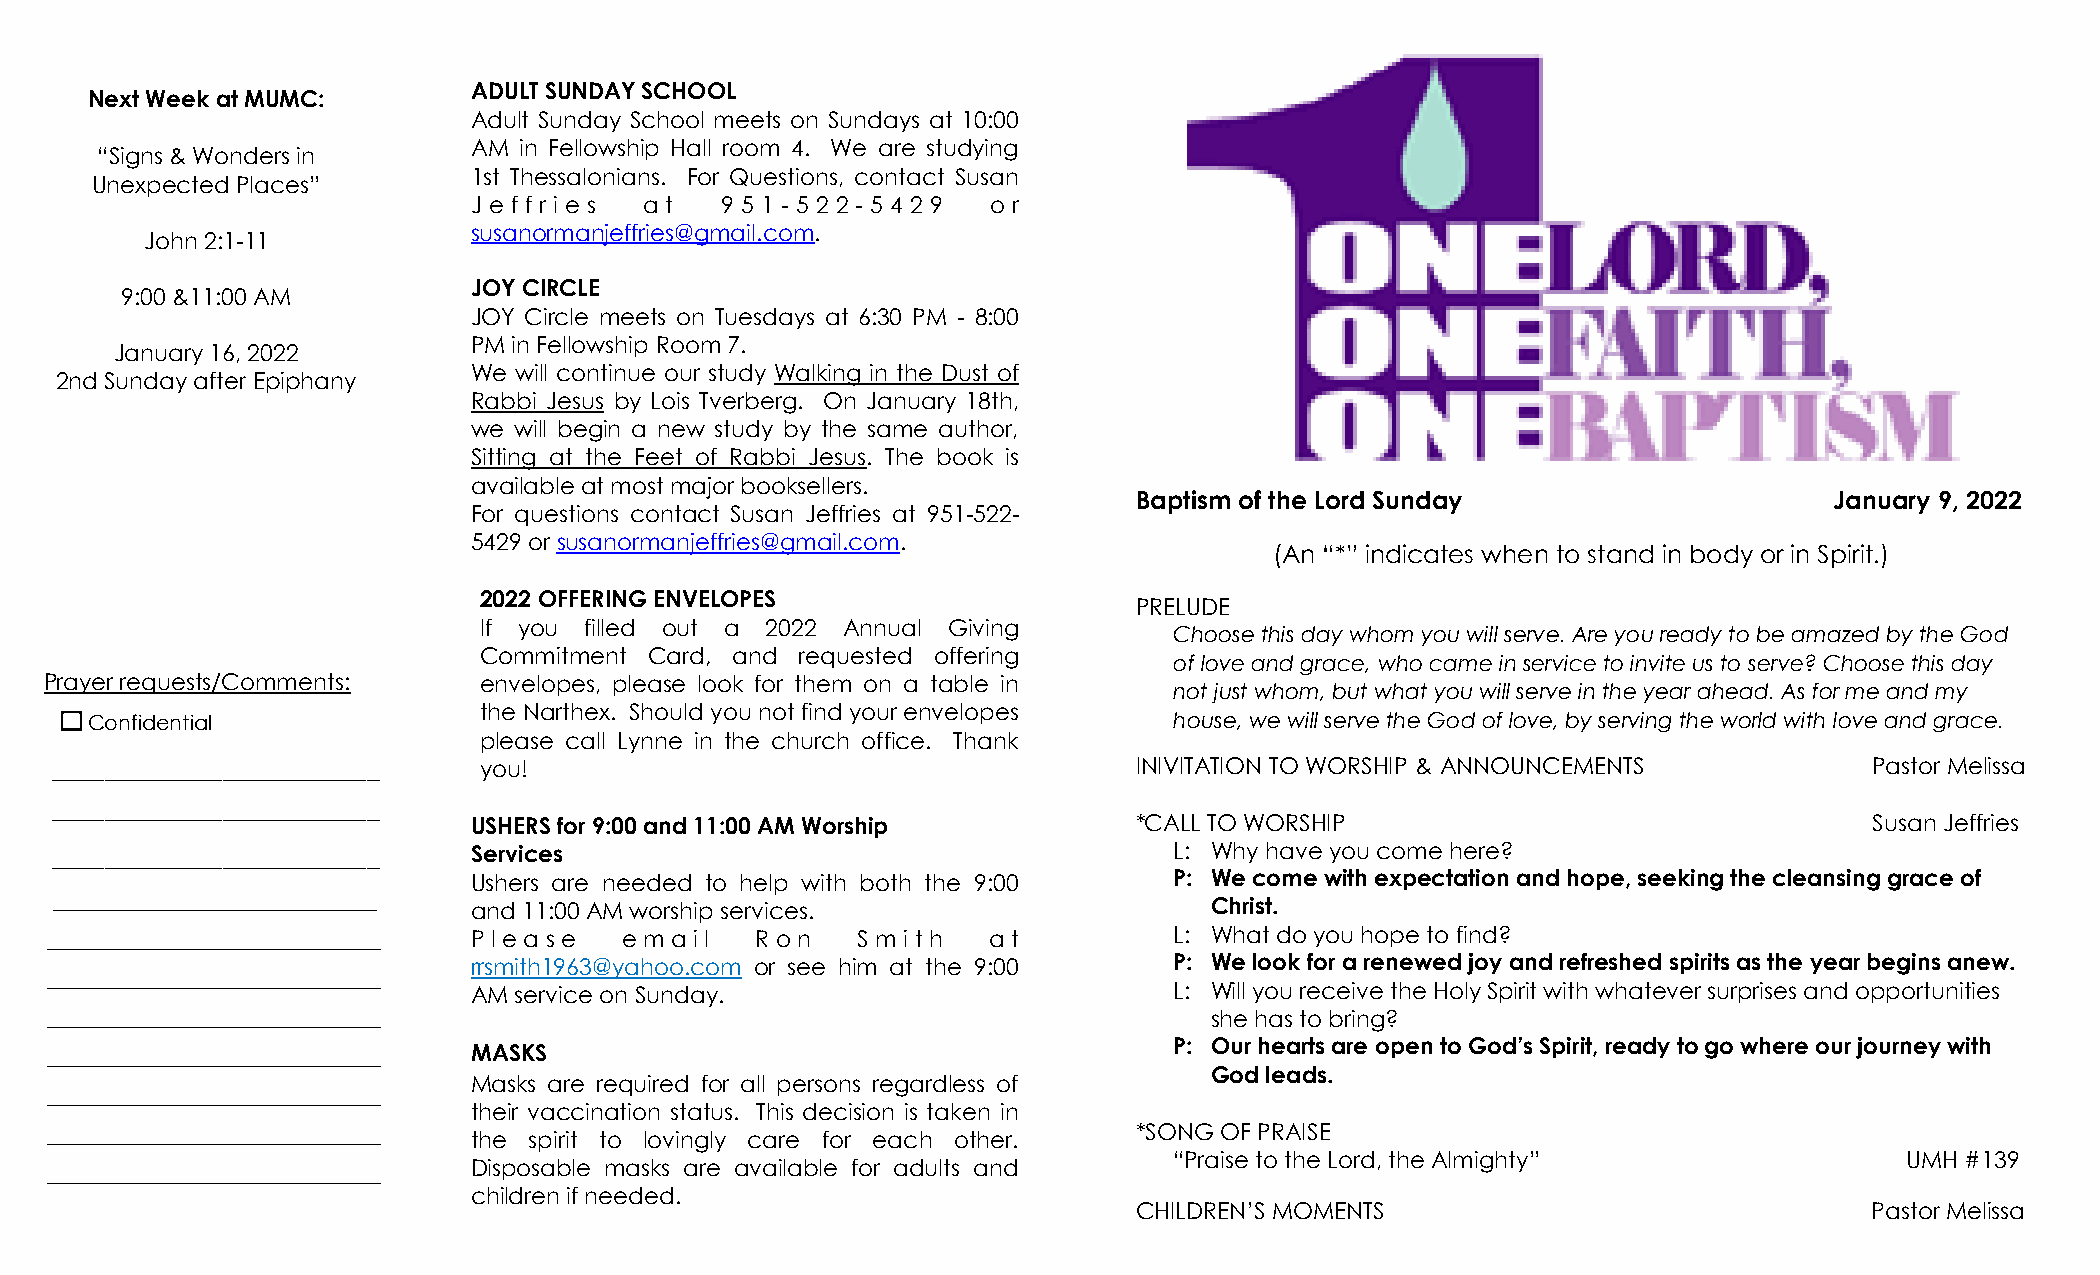
ADULT SUNDAY SCHOOL
 Next Week at MUMC:
 Adult Sunday School meets on Sundays at 10:00
 AM in Fellowship Hall room 4. We are studying
 “Signs & Wonders in
 1st Thessalonians. For Questions, contact Susan
 Unexpected Places”
 J e f f r i e s a t 9 5 1 - 5 2 2 - 5 4 2 9 o r
 susanormanjeffries@gmail.com.
 John 2:1-11
 9:00 &11:00 AM
 JOY CIRCLE
 JOY Circle meets on Tuesdays at 6:30 PM - 8:00
 PM in Fellowship Room 7.
 January 16, 2022
 We will continue our study Walking in the Dust of
 2nd Sunday after Epiphany
 Rabbi Jesus by Lois Tverberg. On January 18th,
 we will begin a new study by the same author,
 Sitting at the Feet of Rabbi Jesus. The book is
 available at most major booksellers.
 Baptism of the Lord Sunday                    January 9, 2022
 For questions contact Susan Jeffries at 951-522-
 5429 or susanormanjeffries@gmail.com.
 (An “*” indicates when to stand in body or in Spirit.)
 2022 OFFERING ENVELOPES
 PRELUDE
 If you filled out a 2022 Annual Giving
 Choose this day whom you will serve. Are you ready to be amazed by the God
 Commitment Card, and requested offering
 of love and grace, who came in service to invite us to serve? Choose this day
 Prayer requests/Comments:    envelopes, please look for them on a table in
 not just whom, but what you will serve in the year ahead. As for me and my
 the Narthex. Should you not find your envelopes
 Confidential                                                            house, we will serve the God of love, by serving the world with love and grace.
 please call Lynne in the church office. Thank
 _________________________    you!                                       INIVITATION TO WORSHIP & ANNOUNCEMENTS           Pastor Melissa
 _________________________
 USHERS for 9:00 and 11:00 AM Worship        *CALL TO WORSHIP                                 Susan Jeffries
 _________________________   Services                                       L: Why have you come here?
 Ushers are needed to help with both the 9:00   P: We come with expectation and hope, seeking the cleansing grace of
 _________________________________ and 11:00 AM worship services.             Christ.
 __________________________________ P l ea s e e ma i l R o n S m i th a t  L: What do you hope to find?
 rrsmith1963@yahoo.com or see him at the 9:00   P: We look for a renewed joy and refreshed spirits as the year begins anew.
 __________________________________
 AM service on Sunday.                          L: Will you receive the Holy Spirit with whatever surprises and opportunities
 __________________________________                                           she has to bring?
 P: Our hearts are open to God’s Spirit, ready to go where our journey with
 MASKS
 __________________________________
 Masks are required for all persons regardless of
 God leads.
 __________________________________
 their vaccination status. This decision is taken in
 *SONG OF PRAISE
 __________________________________ the spirit to lovingly care for each other.
 “Praise to the Lord, the Almighty”              UMH #139
 __________________________________
 Disposable masks are available for adults and
 children if needed.
 CHILDREN’S MOMENTS                               Pastor Melissa